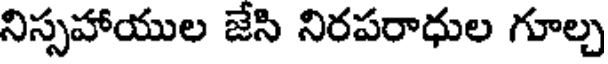
నిస్సహాయుల జేసి నిరపరాధుల గూల్చ